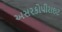
અસરકોપીરાઇટ